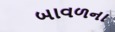
બાવળના